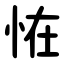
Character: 恠